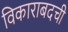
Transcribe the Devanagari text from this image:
विकाराबदची